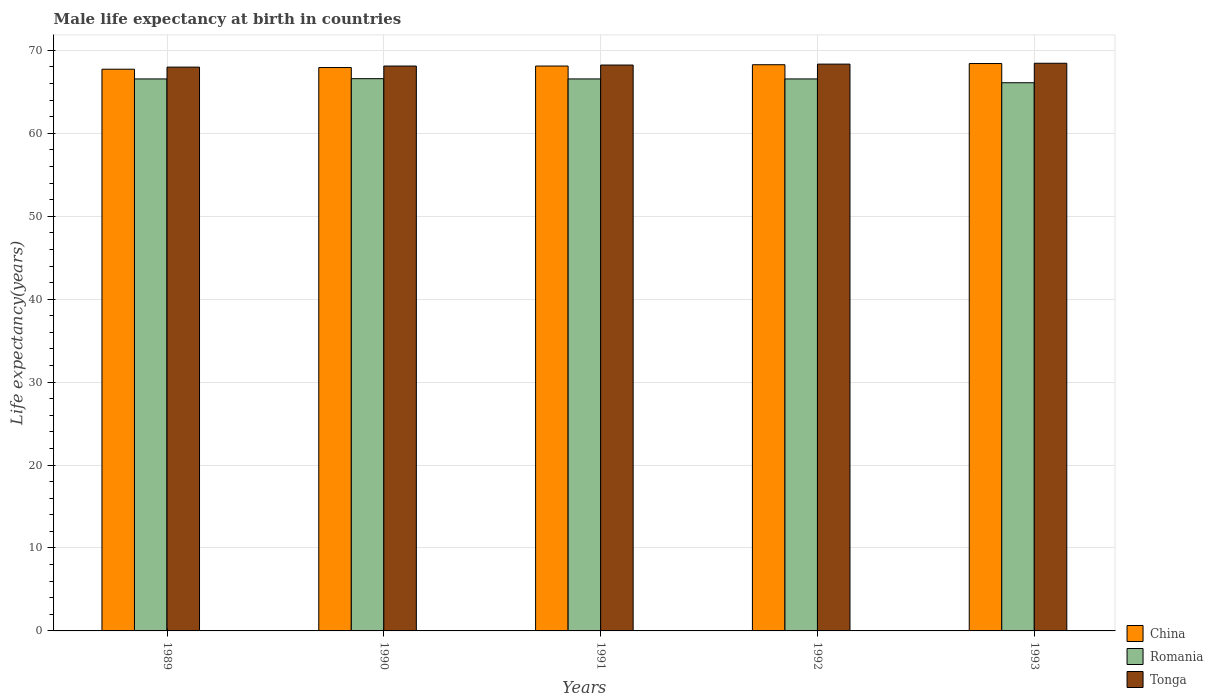
| Years | China | Romania | Tonga |
 | --- | --- | --- | --- |
 | 1989 | 67.7 | 66.6 | 68 |
 | 1990 | 67.9 | 66.6 | 68.1 |
 | 1991 | 68.1 | 66.6 | 68.2 |
 | 1992 | 68.3 | 66.6 | 68.3 |
 | 1993 | 68.4 | 66.1 | 68.5 |